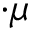
\cdot \mu